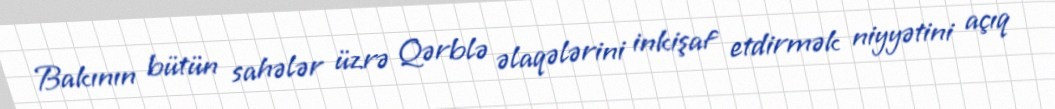
Bakının bütün sahələr üzrə Qərblə əlaqələrini inkişaf etdirmək niyyətini açıq